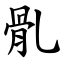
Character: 䯆